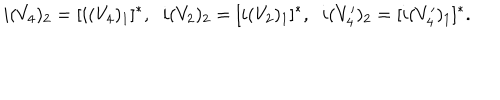
LaTeX: i ( V _ { 4 } ) _ { 2 } = [ i ( V _ { 4 } ) _ { 1 } ] ^ { * } , \; \; i ( V _ { 2 } ) _ { 2 } = [ i ( V _ { 2 } ) _ { 1 } ] ^ { * } , \; \; i ( V _ { 4 } ^ { \prime } ) _ { 2 } = [ i ( V _ { 4 } ^ { \prime } ) _ { 1 } ] ^ { * } .